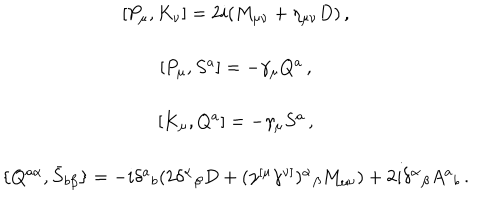
LaTeX: \begin{array} { c } { { { } [ P _ { \mu } , K _ { \nu } ] = 2 i ( M _ { \mu \nu } + \eta _ { \mu \nu } D ) \, , } } \\ { { { } } } \\ { { { } [ P _ { \mu } , S ^ { a } ] = - \gamma _ { \mu } Q ^ { a } \, , } } \\ { { { } } } \\ { { { } [ K _ { \mu } , Q ^ { a } ] = - \gamma _ { \mu } S ^ { a } \, , } } \\ { { { } } } \\ { { { } \{ Q ^ { a \alpha } , \bar { S } _ { b \beta } \} = - i \delta ^ { a } { } _ { b } ( 2 \delta ^ { \alpha } { } _ { \beta } D + ( \gamma ^ { [ \mu } \gamma ^ { \nu ] } ) ^ { \alpha } { } _ { \beta } M _ { \mu \nu } ) + 2 i \delta ^ { \alpha } { } _ { \beta } A ^ { a } { } _ { b } \, . } } \\ \end{array}